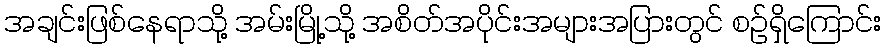
အချင်းဖြစ်နေရာသို့ အမ်းမြို့သို့ အစိတ်အပိုင်းအများအပြားတွင် စဉ်ရှိကြောင်း